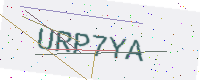
Text: URP7YA